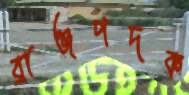
ব্রাঞ্জপদক